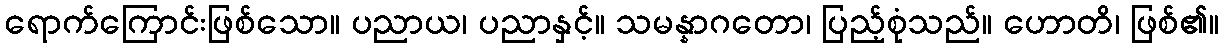
ရောက်ကြောင်းဖြစ်သော။ ပညာယ၊ ပညာနှင့်။ သမန္နာဂတော၊ ပြည့်စုံသည်။ ဟောတိ၊ ဖြစ်၏။